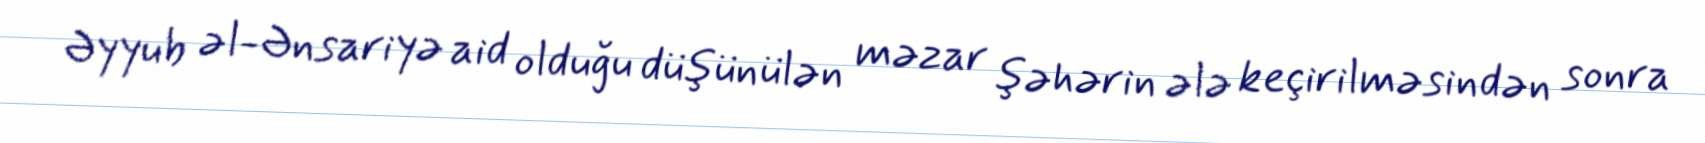
Əyyub əl-Ənsariyə aid olduğu düşünülən məzar şəhərin ələ keçirilməsindən sonra